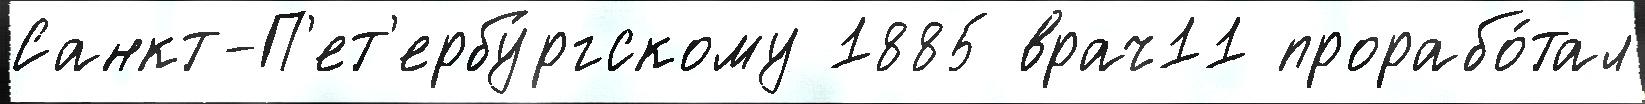
Санкт-П'ет'ербу́ргскому 1885 врач11 прорабо́тал